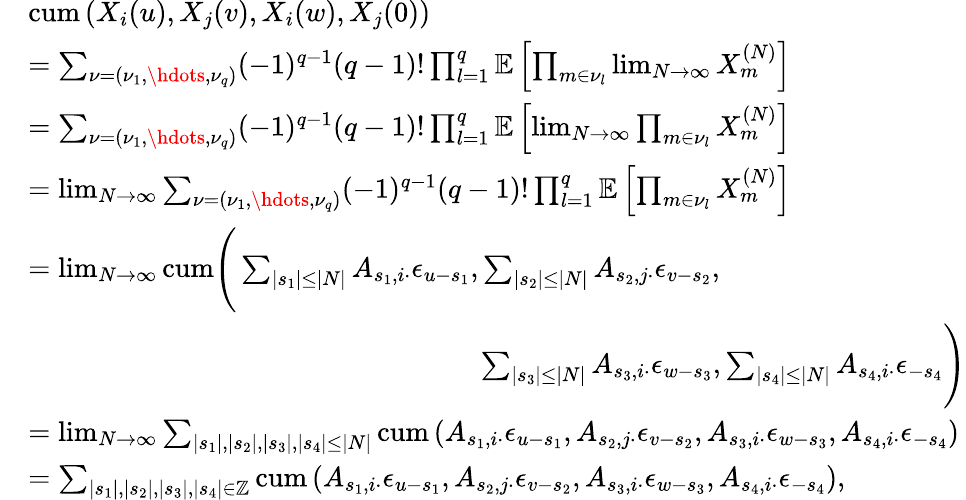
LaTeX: \begin{array}{rl}&{\mathrm{cum}\left(X_{i}(u),X_{j}(v),X_{i}(w),X_{j}(0)\right)}\\ &{=\sum_{\nu=(\nu_{1},\hdots,\nu_{q})}(-1)^{q-1}(q-1)!\prod_{l=1}^{q}\mathbb{E}\left[\prod_{m\in\nu_{l}}\operatorname*{lim}_{N\to\infty}X_{m}^{(N)}\right]}\\ &{=\sum_{\nu=(\nu_{1},\hdots,\nu_{q})}(-1)^{q-1}(q-1)!\prod_{l=1}^{q}\mathbb{E}\left[\operatorname*{lim}_{N\to\infty}\prod_{m\in\nu_{l}}X_{m}^{(N)}\right]}\\ &{=\operatorname*{lim}_{N\to\infty}\sum_{\nu=(\nu_{1},\hdots,\nu_{q})}(-1)^{q-1}(q-1)!\prod_{l=1}^{q}\mathbb{E}\left[\prod_{m\in\nu_{l}}X_{m}^{(N)}\right]}\\ &{=\operatorname*{lim}_{N\to\infty}\mathrm{cum}\Bigg(\sum_{|s_{1}|\leq|N|}A_{s_{1},i\cdot}\epsilon_{u-s_{1}},\sum_{|s_{2}|\leq|N|}A_{s_{2},j\cdot}\epsilon_{v-s_{2}},}\\ &{\qquad\qquad\qquad\qquad\qquad\qquad\qquad\qquad\sum_{|s_{3}|\leq|N|}A_{s_{3},i\cdot}\epsilon_{w-s_{3}},\sum_{|s_{4}|\leq|N|}A_{s_{4},i\cdot}\epsilon_{-s_{4}}\Bigg)}\\ &{=\operatorname*{lim}_{N\to\infty}\sum_{|s_{1}|,|s_{2}|,|s_{3}|,|s_{4}|\leq|N|}\mathrm{cum}\left(A_{s_{1},i\cdot}\epsilon_{u-s_{1}},A_{s_{2},j\cdot}\epsilon_{v-s_{2}},A_{s_{3},i\cdot}\epsilon_{w-s_{3}},A_{s_{4},i\cdot}\epsilon_{-s_{4}}\right)}\\ &{=\sum_{|s_{1}|,|s_{2}|,|s_{3}|,|s_{4}|\in\mathbb{Z}}\mathrm{cum}\left(A_{s_{1},i\cdot}\epsilon_{u-s_{1}},A_{s_{2},j\cdot}\epsilon_{v-s_{2}},A_{s_{3},i\cdot}\epsilon_{w-s_{3}},A_{s_{4},i\cdot}\epsilon_{-s_{4}}\right),}\end{array}